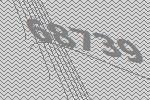
68739